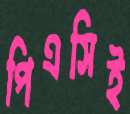
পিএসিই